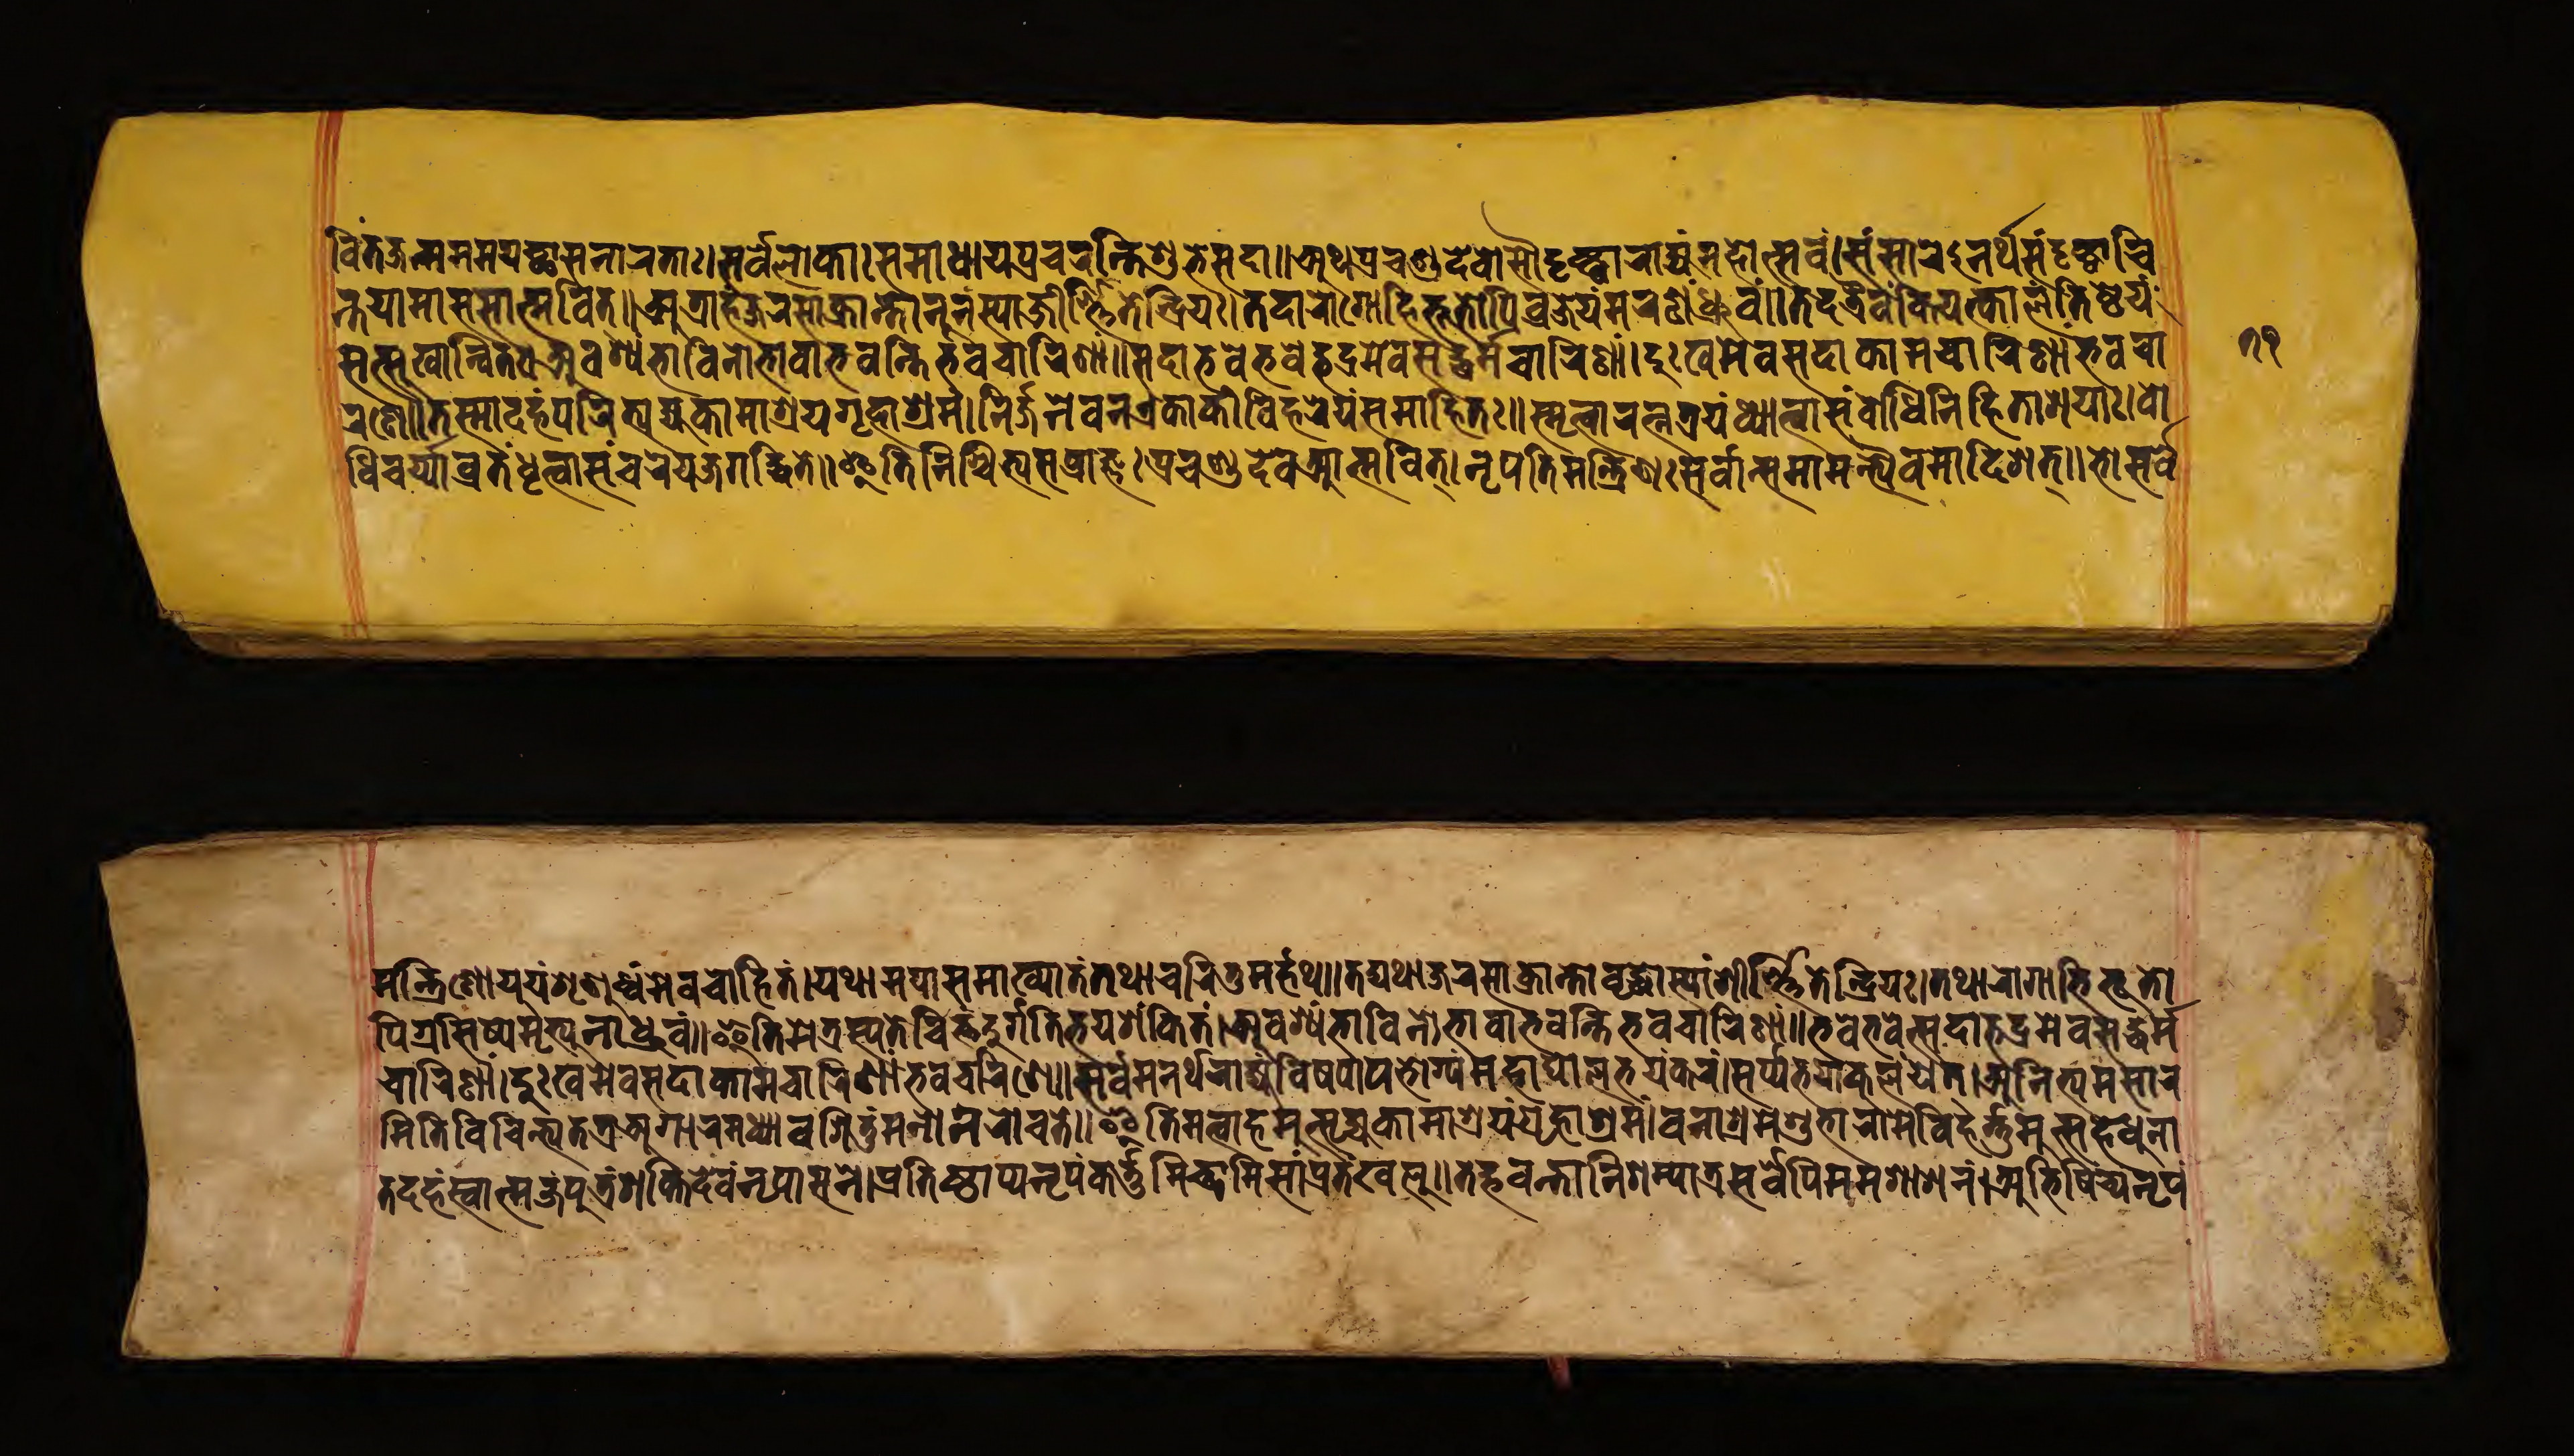
𑐰𑐶𑐟𑑄𑐖𑐣𑑂𑐩𑐩𑐩𑐫𑐾𑐔𑑂𑐕𑐵𑐳𑐣𑐵𑐬𑐟𑐵𑑅𑑋𑐳𑐬𑑂𑐰𑐾𑐮𑑀𑐎𑐵𑑅𑐳𑐩𑐵𑐢𑐵𑐫𑐥𑑂𑐬𑐔𑐬𑐣𑑂𑐟𑐶𑐳𑐡𑐵𑐱𑐸𑐨𑐾𑐳𑐡𑐵𑑌𑐀𑐠𑐥𑑂𑐬𑐔𑐞𑑂𑐜𑐡𑐾𑐰𑑁𑐳𑑁𑐡𑐺𑐲𑑂𑐚𑑂𑐰𑐵𑐬𑐵𑐖𑑂𑐫𑑄𑐩𑐴𑑀𑐟𑑂𑐳𑐰𑑄𑑋𑐳𑑄𑐳𑐵𑐬𑐾𑐣𑐬𑑂𑐠𑐳𑑄𑐡𑐺𑐲𑑂𑐚𑑂𑐰𑐵𑐔𑐶 𑐣𑑂𑐟𑐫𑐵𑐩𑐵𑐳𑐳𑐵𑐟𑑂𑐩𑐰𑐟𑑂𑑌𑐀𑐟𑑂𑐬𑐵𑐴𑑄𑐖𑐮𑐳𑐵𑑄𑐎𑑂𑐬𑐵𑐣𑑂𑐟𑑀𑐣𑐸𑐣𑐳𑑂𑐫𑐵𑑄𑐖𑐶𑐬𑑂𑐞𑑂𑐞𑐶𑐟𑐾𑐣𑑂𑐡𑑂𑐬𑐶𑐫𑑅𑑋𑐟𑐡𑐵𑐬𑑀𑐐𑐵𑐨𑐶𑐨𑐹𑐟𑑀𑐥𑐶𑐰𑑂𑐬𑐖𑐾𑐫𑑄𑐩𑐞𑑄𑐢𑑂𑐬𑐸𑐰𑑄𑑌𑐟𑐡𑐟𑑂𑐬𑐿𑐰𑐎𑐶𑐫𑐟𑑂𑐎𑐵𑐮𑑄𑐟𑐶𑐲𑑂𑐛𑐾𑐫𑑄 𑐳𑐣𑑂𑐳𑐸𑐏𑐵𑐣𑑂𑐰𑐶𑐟𑑅𑑋𑐀𑐰𑐱𑑂𑐫𑑄𑐨𑐵𑐰𑐶𑐣𑑀𑐨𑐵𑐰𑐵𑐨𑐰𑐣𑑂𑐟𑐶𑐨𑐰𑐔𑐵𑐬𑐶𑐞𑐵𑑄𑑌𑐳𑐡𑐵𑐨𑐰𑐾𑐨𑐰𑐾𑐡𑑂𑐨𑐡𑑂𑐬𑐩𑐾𑐰𑐳𑐡𑑂𑐢𑐬𑑂𑐩𑑂𑐩𑐔𑐵𑐬𑐶𑐞𑐵𑑄𑑋𑐡𑐸𑑅𑐏𑐩𑐾𑐰𑐳𑐡𑐵𑐎𑐵𑐩𑐔𑐵𑐬𑐶𑐞𑐵𑑄𑐨𑐰𑐔𑐵 𑐬𑐞𑐾𑑌𑐟𑐳𑑂𑐩𑐵𑐡𑐴𑑄𑐥𑐬𑐶𑐟𑑂𑐫𑐖𑑂𑐫𑐎𑐵𑐩𑐵𑐱𑑂𑐬𑐫𑐐𑐺𑐴𑐵𑐱𑑂𑐬𑐩𑑄𑑋𑐣𑐶𑐬𑑂𑐖𑐣𑐾𑐰𑐣𑐊𑐎𑐵𑐎𑐷𑐰𑐶𑐴𑐬𑐾𑐫𑑄𑐳𑐩𑐵𑐴𑐶𑐟𑑅𑑌𑐳𑑂𑐩𑐺𑐟𑑂𑐰𑐵𑐬𑐟𑑂𑐣𑐟𑑂𑐬𑐫𑑄𑐢𑑂𑐫𑐵𑐟𑑂𑐰𑐵𑐳𑑄𑐧𑑀𑐢𑐶𑐣𑐶𑐴𑐶𑐟𑐵𑐱𑐫𑑅𑑋𑐧𑑀 𑐢𑐶𑐔𑐬𑑂𑐫𑐵𑐰𑑂𑐬𑐟𑑄𑐢𑐺𑐟𑑂𑐰𑐵𑐳𑑄𑐔𑐬𑐾𑐫𑑄𑐖𑐐𑐡𑑂𑐢𑐶𑐟𑐾𑑌𑐂𑐟𑐶𑐣𑐶𑐱𑑂𑐔𑐶𑐟𑑂𑐫𑐳𑐥𑑂𑐬𑐵𑐖𑑂𑐘𑑅𑐥𑑂𑐬𑐔𑐞𑑂𑐜𑐡𑐾𑐰𑐁𑐟𑑂𑐩𑐰𑐶𑐟𑑂𑑋𑐣𑐺𑐥𑐟𑐶𑐩𑐣𑑂𑐟𑑂𑐬𑐶𑐞𑑅𑐳𑐬𑑂𑐰𑐵𑐣𑑂𑐳𑐩𑐵𑐩𑐣𑑂𑐟𑑂𑐬𑑂𑐫𑐿𑐰𑐩𑐵𑐡𑐶𑐱𑐟𑑂𑑌𑐨𑑀𑐳𑐬𑑂𑐰 𑐩𑐣𑑂𑐟𑑂𑐬𑐶𑐞𑑀𑐫𑐹𑐫𑑄𑐱𑐺𑐞𑐸𑐢𑑂𑐰𑑄𑐩𑐾𑐰𑐔𑑀𑐴𑐶𑐟𑑄𑑋𑐀𑐠𑐩𑐫𑐵𑐏𑑂𑐫𑐵𑐟𑑄𑐟𑐠𑐵𑐔𑐬𑐶𑐟𑐸𑐩𑐬𑑂𑐴𑐠𑑌𑐟𑐡𑑂𑐫𑐠𑐵𑐖𑐬𑐵𑐳𑐵𑐎𑑂𑐬𑐵𑐣𑑂𑐟𑑀𑐰𑐺𑐡𑑂𑐢𑑀𑐳𑑂𑐫𑐵𑑄𑐖𑐷𑐬𑑂𑐞𑐶𑐟𑐾𑐣𑑂𑐡𑑂𑐬𑐶𑐫𑑅𑑋𑐟𑐠𑐵𑐬𑑀𑐐𑐵𑐨𑐶𑐨𑐹𑐟𑑀 𑐥𑐶𑐐𑑂𑐬𑐳𑐶𑐲𑑂𑐫𑐾𑐩𑐺𑐟𑑂𑐫𑐸𑐣𑐵𑐢𑑂𑐬𑐸𑐰𑑄𑑌𑐂𑐟𑐶𑐩𑐾𑐟𑑂𑐬𑐳𑑂𑐫𑐟𑐾𑐔𑐶𑐟𑑂𑐟𑑄𑐡𑐸𑐬𑑂𑐐𑐟𑐶𑐨𑐫𑐱𑑄𑐎𑐶𑐟𑑄𑑋𑐀𑐰𑐱𑑂𑐫𑑄𑐨𑐵𑐰𑐶𑐣𑑀𑐨𑐵𑐰𑐵𑐨𑐰𑐔𑐵𑐬𑐶𑐞𑐵𑑄𑑌𑐨𑐰𑐾𑐨𑐰𑐾𑐟𑑂𑐳𑐡𑐵𑐨𑐡𑑂𑐬𑐩𑐾𑐰𑐳𑐡𑑂𑐢𑐬𑑂𑐩 𑐔𑐵𑐬𑐶𑐞𑐵𑑄𑑋𑐡𑐸𑑅𑐏𑐩𑐾𑐰𑐳𑐡𑐵𑐎𑐵𑐩𑐔𑐵𑐬𑐶𑐞𑐵𑑄𑐨𑐰𑐔𑐵𑐬𑐶𑐞𑐾𑑌𑐳𑐬𑑂𑐰𑐩𑐣𑐬𑑂𑐠𑐬𑐵𑐖𑑂𑐫𑑄𑐰𑐶𑐲𑐫𑑀𑐥𑐨𑑀𑐐𑑂𑐫𑑄𑐨𑐫𑑄𑑋𑐳𑐬𑑂𑐥𑑂𑐥𑐨𑐫𑐵𑐎𑐸𑐮𑑄𑐫𑐟𑑂𑑋𑐀𑐣𑐶𑐟𑑂𑐫𑐩𑐳𑐵𑐬𑐾 𑐟𑐶𑐰𑐶𑐔𑐶𑐣𑑂𑐟𑑂𑐫𑐟𑐟𑑂𑐬𑐁𑐐𑐵𑐬𑐩𑐢𑑂𑐫𑐵𑐰𑐳𑐶𑐟𑐸𑑄𑐣𑐬𑑀𑐔𑐟𑐾𑑌𑐂𑐟𑐶𑐩𑐟𑑂𑐰𑐵𑐴𑐩𑐸𑐟𑑂𑐳𑐺𑐖𑑂𑐫𑐎𑐵𑐩𑐵𑐱𑑂𑐬𑐫𑑄𑐐𑐺𑐴𑐵𑐱𑑂𑐬𑐩𑑄𑑋𑐰𑐣𑐵𑐱𑑂𑐬𑐩𑐾𑐱𑐸𑐨𑐵𑐬𑐵𑐩𑐾𑐰𑐶𑐴𑐬𑑂𑐟𑐸𑐩𑐸𑐟𑑂𑐳𑐴𑐾𑐢𑐸𑐣𑐵 𑐟𑐡𑐴𑑄𑐳𑑂𑐰𑐵𑐟𑑂𑐩𑐖𑑄𑐥𑐸𑐟𑑂𑐬𑑄𑐱𑐎𑑂𑐟𑐶𑐡𑐾𑐰𑑄𑐣𑐺𑐥𑐵𑐳𑐣𑐾𑑋𑐥𑑂𑐬𑐟𑐶𑐲𑑂𑐛𑐵𑐥𑑂𑐫𑐣𑐺𑐥𑑄𑐎𑐬𑑂𑐟𑐸𑐩𑐶𑐔𑑂𑐕𑐵𑐩𑐶𑐳𑐵𑑄𑐥𑑂𑐬𑐟𑑄𑐏𑐮𑐸𑑌𑐟𑐡𑑂𑐨𑐰𑐣𑑂𑐟𑑀𑐣𑐶𑐱𑐩𑑂𑐫𑐵𑐟𑑂𑐬𑐳𑐬𑑂𑐰𑐾𑐥𑐶𑐩𑐩𑐱𑐵𑐳𑐣𑑄𑑋𑐀𑐨𑐶𑐲𑐶𑑄𑐔𑑂𑐫𑐣𑐺𑐥𑑄 𑑗𑑑